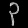
Digit: ၃